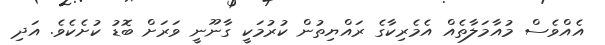
އެއްވެސް މުއާމަލާތެއް އެމެރިކާގެ ރައްޔިތުން ކުރުމަކީ ގާނޫނީ ވަރަށް ބޮޑު ކުށެކެވެ. އަދި